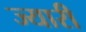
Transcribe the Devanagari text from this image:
ज्यारी